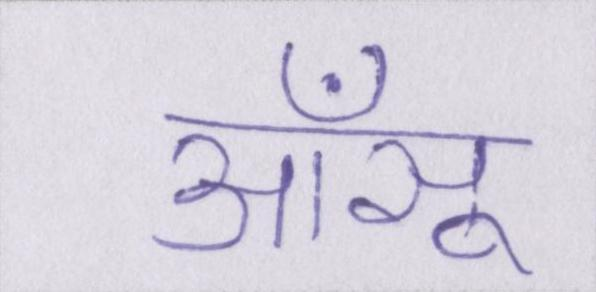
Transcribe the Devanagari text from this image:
आँसू